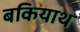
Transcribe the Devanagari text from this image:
बकियाथ